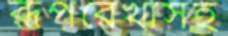
রূপরেখাসহ